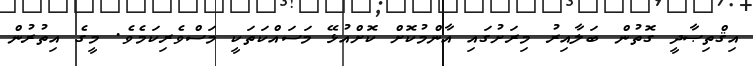
އިޤްތިޞާދީ ގޮތުން ބަލާއިރު މިރަށުގައި އާންމުކޮށް ކޮށްއުޅޭ މަސައްކަތަކީ މަސްވެރިކަމެވެ. މީގެ އިތުރުން